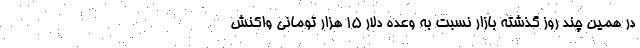
در همین چند روز گذشته بازار نسبت به وعده دلار ۱۵ هزار تومانی واکنش